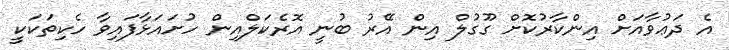
އެ ދަޢުވާއަށް އިންކާރުކޮށް ގޫގުލް އިން އޭރު ބުނީ އޮރެކަލްއިން ހުށައަޅާފައިވާ ހެކިތަކަކީ